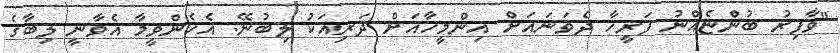
"ވާފިރު ބުންޏެއްނު ފަރީހާ ދެވަނައަށް އިންމީހާއަށް ދަރިއަކު ލިބުނޭ. އެހެންވީމާ އެވާނީ ލިބާގެ